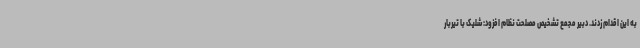
به این اقدام زدند. دبیر مجمع تشخیص مصلحت نظام افزود: شلیک با تیربار